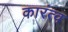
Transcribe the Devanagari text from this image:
कारंत्व